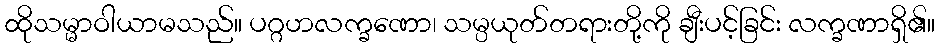
ထိုသမ္မာဝါယာမသည်။ ပဂ္ဂဟလက္ခဏော၊ သမ္ပယုတ်တရားတို့ကို ချီးပင့်ခြင်း လက္ခဏာရှိ၏။